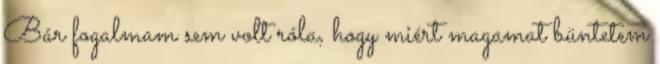
Bár fogalmam sem volt róla, hogy miért magamat büntetem